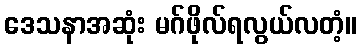
ဒေသနာအဆုံး မဂ်ဖိုလ်ရလွယ်လတံ့။